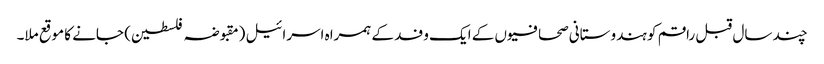
چند سال قبل راقم کو ہندوستانی صحافیوں کے ایک وفد کے ہمراہ اسرائیل (مقبوضہ فلسطین) جانے کا موقع ملا۔